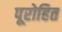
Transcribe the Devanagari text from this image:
पूरोहित